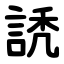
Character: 䛢